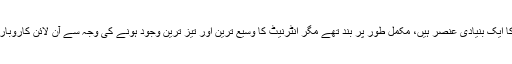
مالز جو یہاں کی زندگی کا ایک بنیادی عنصر ہیں، مکمل طور پر بند تھے مگر انٹرنیٹ کا وسیع ترین اور تیز ترین وجود ہونے کی وجہ سے آن لائن کاروبار راتو رات چمک اٹھا تھا۔